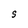
Character: S